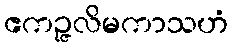
ဧကဉ္ဇလိမကာသဟံ